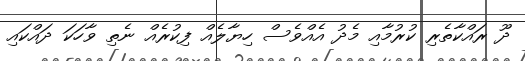
ދޫ ރައްކާތެރި ކުރުމާއި މެދު އެއްވެސް ހިޔާލެއް ފިކުރެއް ނެތި ވާހަކަ ދައްކައި